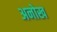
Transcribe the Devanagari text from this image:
अनोख